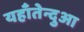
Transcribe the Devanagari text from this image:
यहाँतेन्दुआ